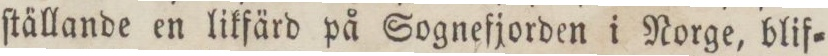
ſtällande en likfärd på Sognefjorden i Norge, blif=